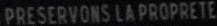
PRESERVONS LAPROPRETE